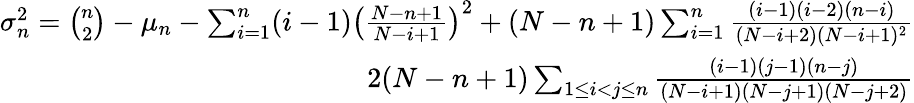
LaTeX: \begin{array}{r}{\sigma_{n}^{2}={\binom{n}{2}}-\mu_{n}-\sum_{i=1}^{n}(i-1)\left(\frac{N-n+1}{N-i+1}\right)^{2}+(N-n+1)\sum_{i=1}^{n}\frac{(i-1)(i-2)(n-i)}{(N-i+2)(N-i+1)^{2}}}\\ {2(N-n+1)\sum_{1\leq i<j\leq n}\frac{(i-1)(j-1)(n-j)}{(N-i+1)(N-j+1)(N-j+2)}}\end{array}